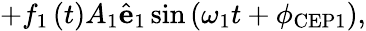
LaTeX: +f_{1}\left(t\right)A_{1}\hat{\mathbf{e}}_{1}\sin\left(\omega_{1}t+\phi_{\mathrm{CEP}1}\right),